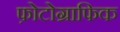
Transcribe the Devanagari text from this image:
फ़ोटोग्राफिक